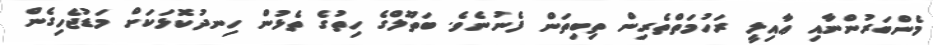
މެންބަރުންނާއި ޢާއިލީ ރަހުމަތްތެރިން ތިބިތަން ފެނުނެވެ. ބަތޫލްގެ ހިތުގެ ތެޅުން ހިނދުކޮޅަކަށް މަޑުޖެހިގެން